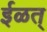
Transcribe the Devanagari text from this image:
ईळत्